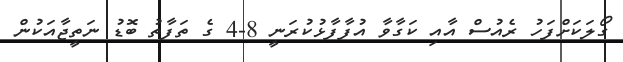
ގޯލަކަށްފަހު ރެއުސް އާއި ކަގާވާ އުފާފާޅުކުރަނީ 8-4 ގެ ތަފާތު ބޮޑު ނަތީޖާއަކުން